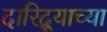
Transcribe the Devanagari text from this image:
दारिद्‌र्‍याच्या